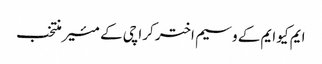
ایم کیو ایم کے وسیم اختر کراچی کے مئیر منتخب